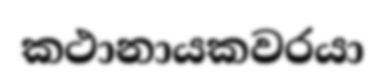
කථානායකවරයා